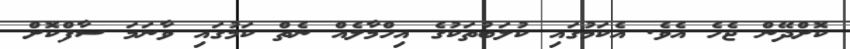
ކޮށްދޭން ޖެހެ އެވެ. އެކަމުގައި ކުލަބުތަކުގެ އިހްމާލެއް ނެތް ކަމުގައި ވާނަމަ ސާފްކޮށް